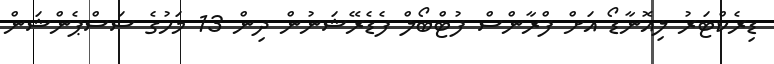
ޑިރެކްޓަރު ލިއޮނާޑޯ އަށް ފްރާންސް ފުޓްބޯލް ފެޑެރޭޝަނުން ދިން 13 މަހުގެ ސަސްޕެންޝަން